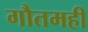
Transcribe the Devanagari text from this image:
गौतमही